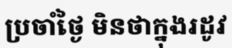
ប្រចាំថ្ងៃ មិនថាក្នុងរដូវ